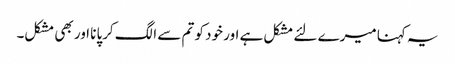
یہ کہنا میرے لئے مشکل ہے اور خود کو تم سے الگ کرپانا اور بھی مشکل۔